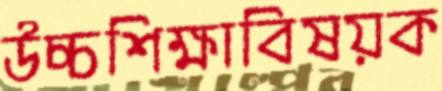
উচ্চশিক্ষাবিষয়ক